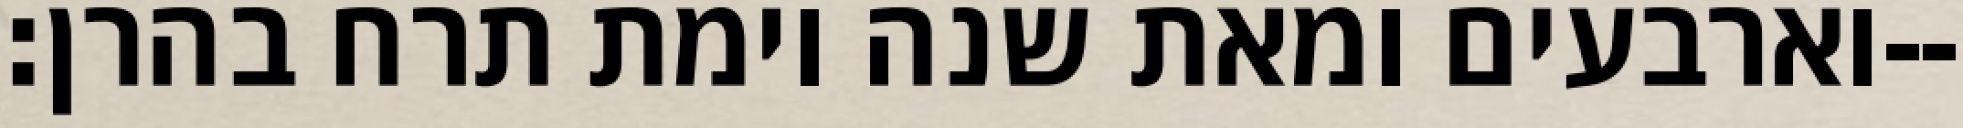
וארבעים ומאת שנה וימת תרח בהרן׃--